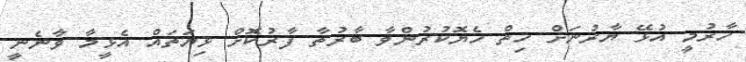
ހާރުމީ އުޅޭ ޔާރުނަށް ހިތް ހެޔޮކުރުންވާ ބާރުތާ ފާރުކޮށް ޅިޔަތައް އެޅީމާ ވާނެނީ